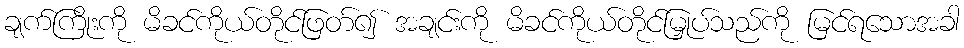
ချက်ကြိုးကို မိခင်ကိုယ်တိုင်ဖြတ်၍ အချင်းကို မိခင်ကိုယ်တိုင်မြှုပ်သည်ကို မြင်ရသောအခါ